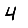
Digit: 4